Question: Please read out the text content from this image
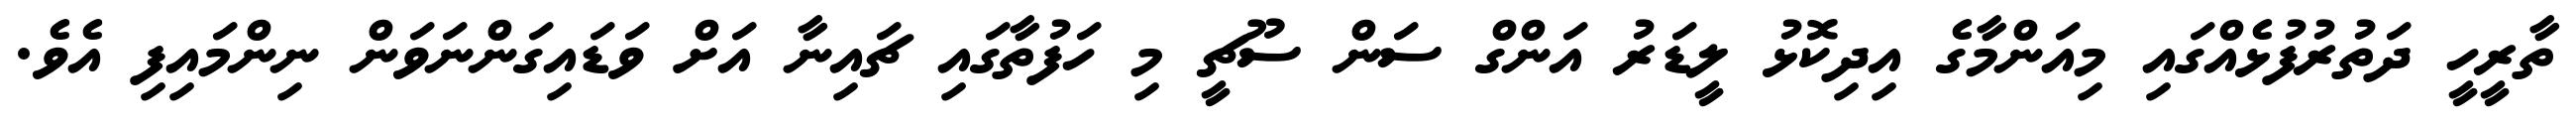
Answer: ތާރީހީ ދަތުރުފުޅެއްގައި މިއަންމާގެ އިދިކޮޅު ލީޑަރު އަންގް ސަން ސޫޗީ މި ހަފުތާގައި ޗައިނާ އަށް ވަޑައިގަންނަވަން ނިންމައިފި އެވެ.